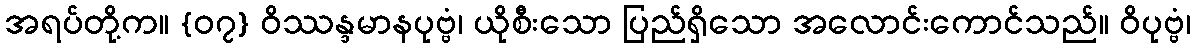
အရပ်တို့က။ {၀၇} ဝိဿန္ဒမာနပုဗ္ဗံ၊ ယိုစီးသော ပြည်ရှိသော အလောင်းကောင်သည်။ ဝိပုဗ္ဗံ၊